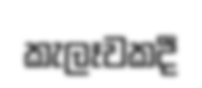
කැලෑවකදී